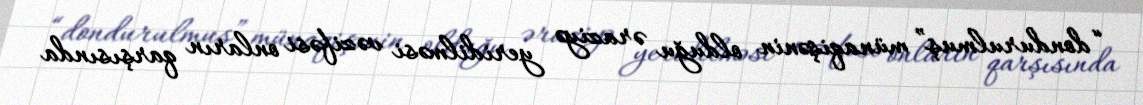
“dondurulmuş” münaqişənin olduğu əraziyə yeridilməsi vəzifəsi onların qarşısında